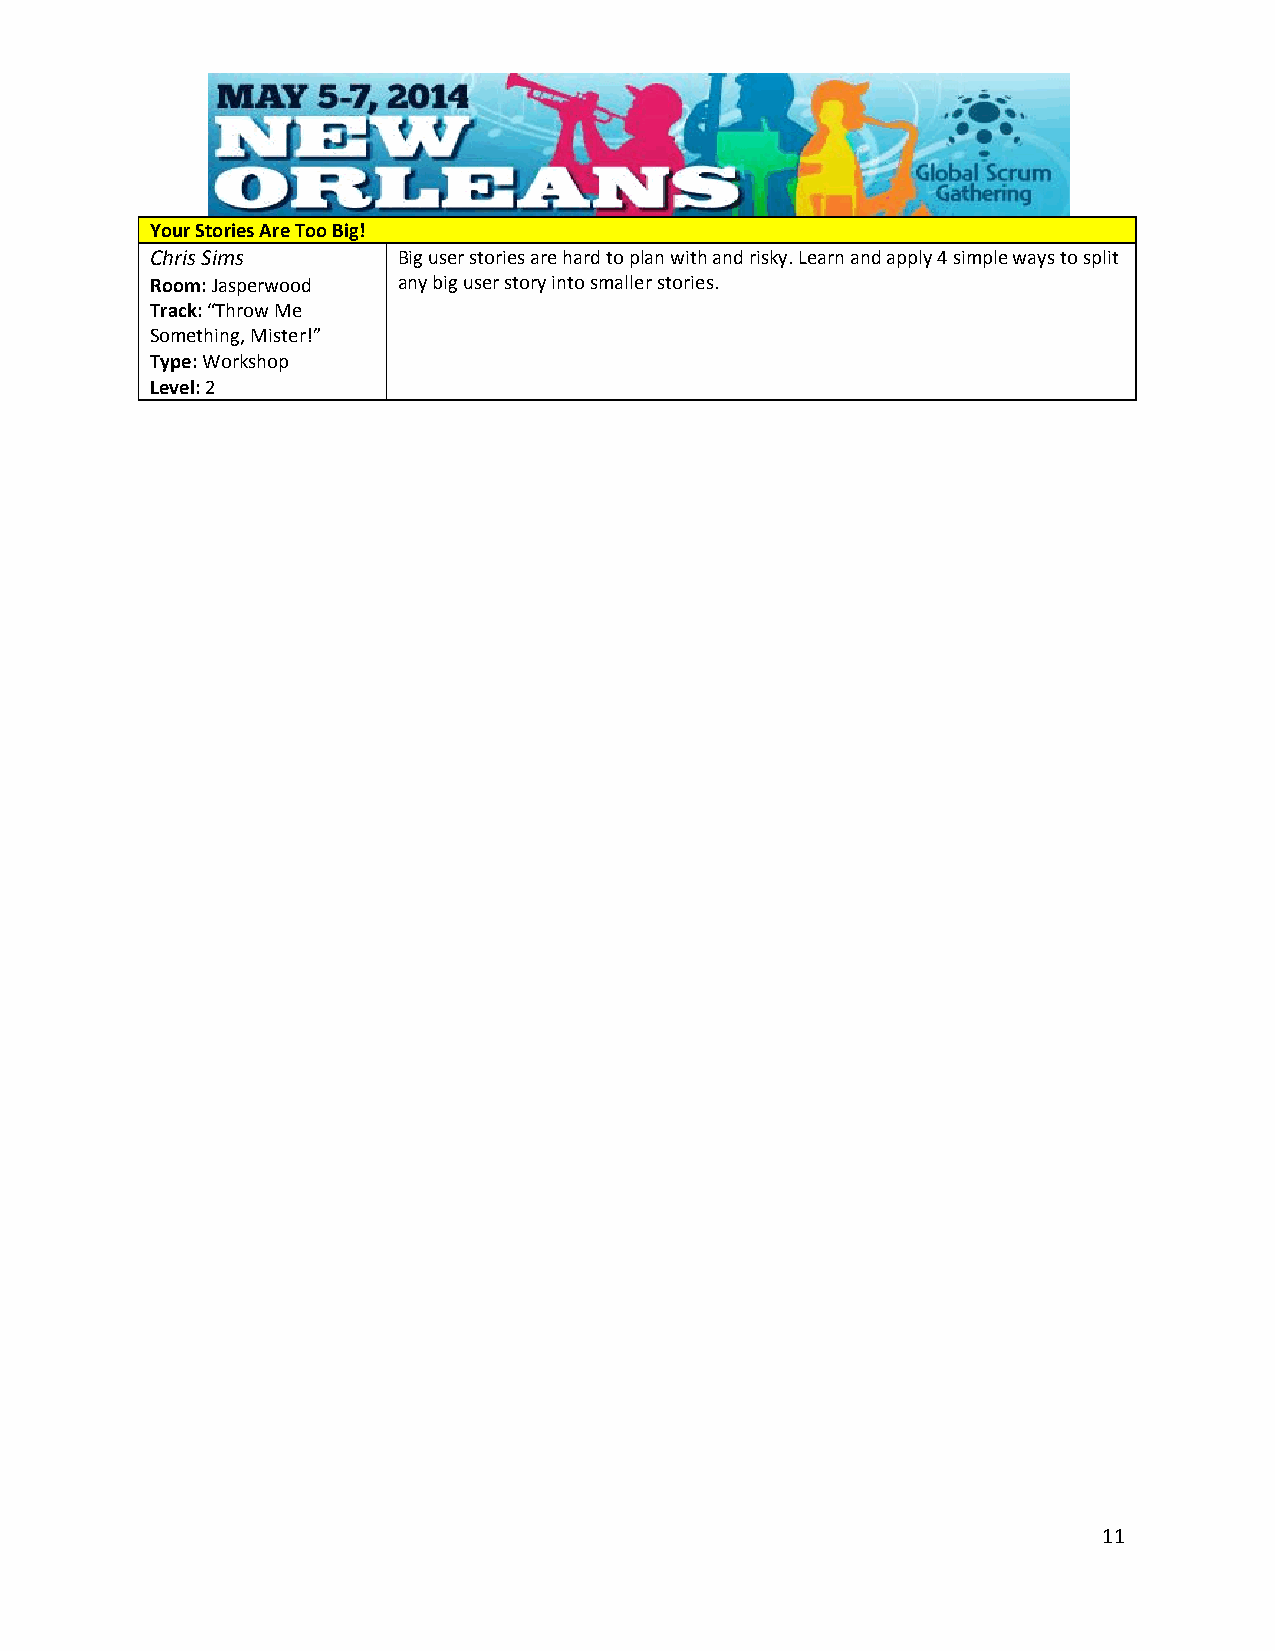
Your Stories Are Too Big!
 Chris Sims      Big user stories are hard to plan with and risky. Learn and apply 4 simple ways to split
 Room: Jasperwood any big user story into smaller stories.
 Track: “Throw Me
 Something, Mister!”
 Type: Workshop
 Level: 2
 11